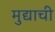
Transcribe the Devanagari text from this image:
मुद्याची